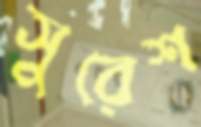
সুরেশ